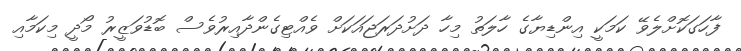
ފާހަގަކޮށްލެވޭ ކަމަކީ އިންޑިޔާގެ ހާލަތު މިހާ ދަށުދަރަޖައަކަށް ވެއްޓިގެންދާއިރުވެސް ބޮޑުވަޒީރު މޯދީ މިކަމާއި